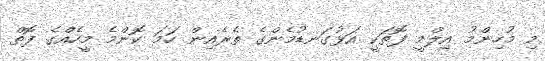
މި މުހިންމު އިލްމީ ފޮތަކީ އަޅުގަނޑުމެންގެ ތެރެއިން ހަމަ ކޮންމެ މީހެއްގެ ފޮތް